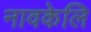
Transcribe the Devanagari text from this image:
नावकेलि